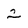
Character: 2